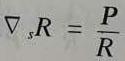
\nabla_s R = \frac{P}{R}